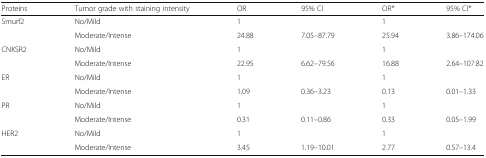
<table><thead><tr><td><b>Proteins</b></td><td><b>Tumor grade with staining intensity</b></td><td><b>OR</b></td><td><b>95% CI</b></td><td><b>OR*</b></td><td><b>95% CI*</b></td></tr></thead><tbody><tr><td rowspan="2">Smurf2</td><td>No/Mild</td><td>1</td><td></td><td>1</td><td></td></tr><tr><td>Moderate/Intense</td><td>24.88</td><td>7.05–87.79</td><td>25.94</td><td>3.86–174.06</td></tr><tr><td rowspan="2">CNKSR2</td><td>No/Mild</td><td>1</td><td></td><td>1</td><td></td></tr><tr><td>Moderate/Intense</td><td>22.95</td><td>6.62–79.56</td><td>16.88</td><td>2.64–107.82</td></tr><tr><td rowspan="2">ER</td><td>No/Mild</td><td>1</td><td></td><td>1</td><td></td></tr><tr><td>Moderate/Intense</td><td>1.09</td><td>0.36–3.23</td><td>0.13</td><td>0.01–1.33</td></tr><tr><td rowspan="2">PR</td><td>No/Mild</td><td>1</td><td></td><td>1</td><td></td></tr><tr><td>Moderate/Intense</td><td>0.31</td><td>0.11–0.86</td><td>0.33</td><td>0.05–1.99</td></tr><tr><td rowspan="2">HER2</td><td>No/Mild</td><td>1</td><td></td><td>1</td><td></td></tr><tr><td>Moderate/Intense</td><td>3.45</td><td>1.19–10.01</td><td>2.77</td><td>0.57–13.4</td></tr></tbody></table>